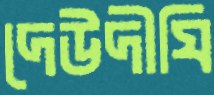
দেউদীঘি